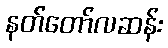
နတ်တော်လဆန်း